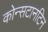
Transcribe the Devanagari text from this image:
कोन्सटानटिन